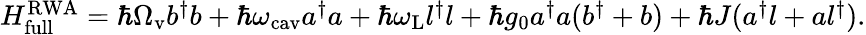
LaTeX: \begin{array}{r}{H_{\mathrm{full}}^{\mathrm{RWA}}=\hbar\Omega_{\mathrm{v}}b^{\dagger}b+\hbar\omega_{\mathrm{cav}}a^{\dagger}a+\hbar\omega_{\mathrm{L}}l^{\dagger}l+\hbar g_{0}a^{\dagger}a(b^{\dagger}+b)+\hbar J(a^{\dagger}l+al^{\dagger}).}\end{array}